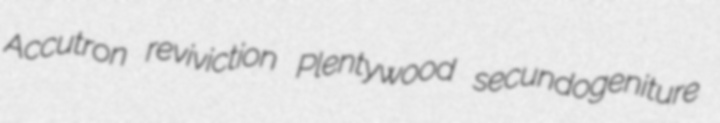
Accutron reviviction Plentywood secundogeniture